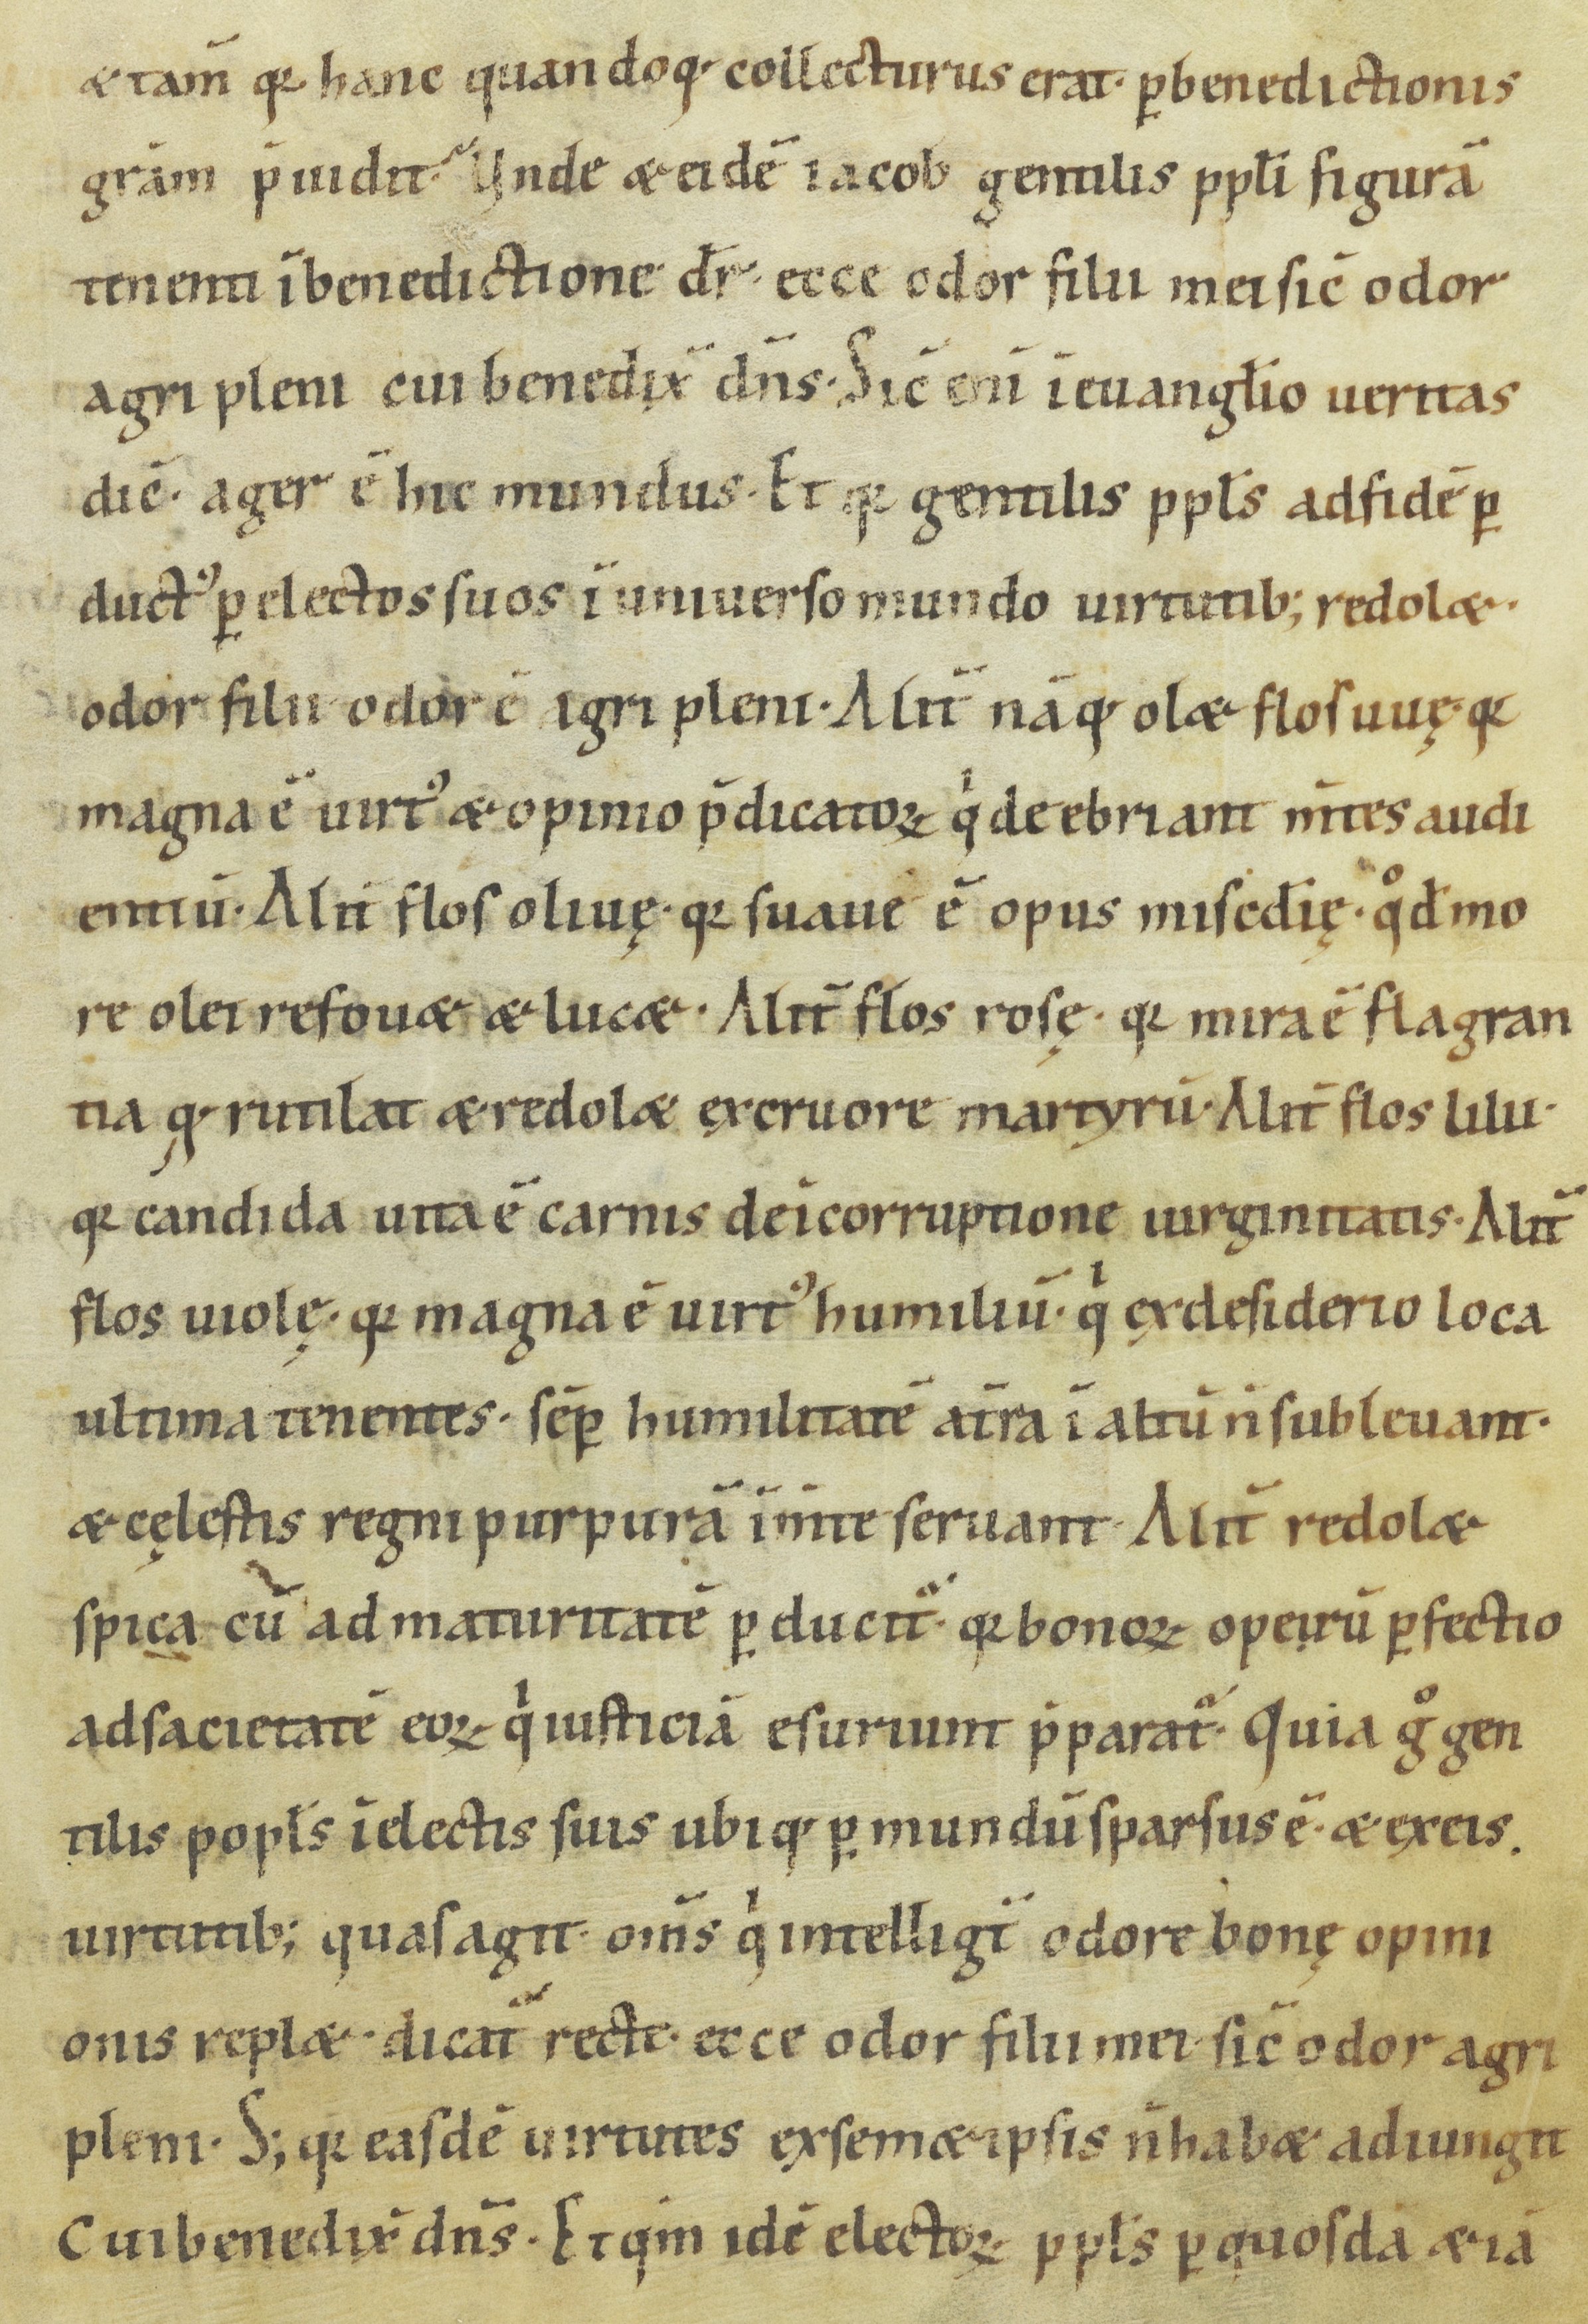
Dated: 1000–1099